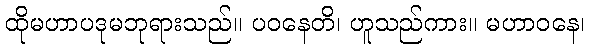
ထိုမဟာပဒုမဘုရားသည်။ ပဝနေတိ၊ ဟူသည်ကား။ မဟာဝနေ၊